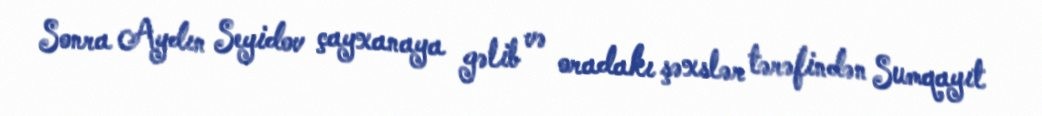
Sonra Aydın Seyidov çayxanaya gəlib və oradakı şəxslər tərəfindən Sumqayıt